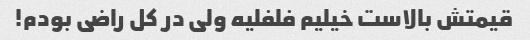
قیمتش بالاست خیلیم فلفلیه ولی در کل راضی بودم!